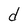
Character: d